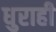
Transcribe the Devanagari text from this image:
धुराही